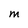
Character: M